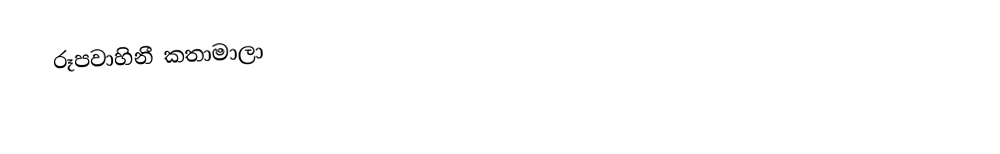
රූපවාහිනී කතාමාලා